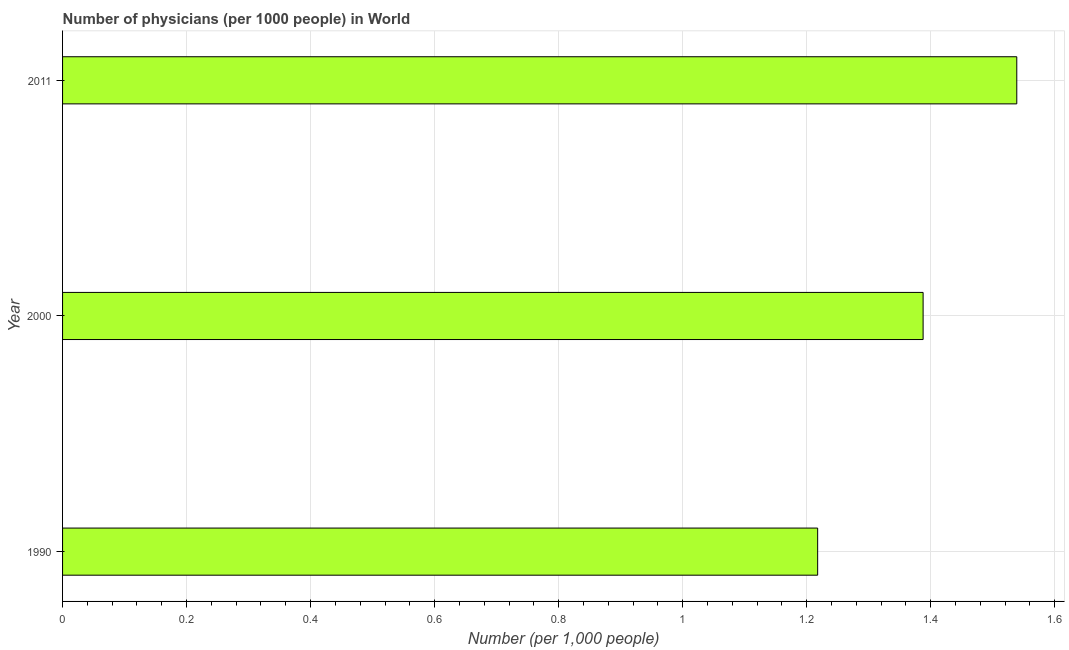
| Year | Physicians |
 | --- | --- |
 | 1990 | 1.22 |
 | 2000 | 1.39 |
 | 2011 | 1.54 |